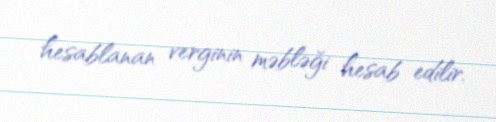
hesablanan verginin məbləği hesab edilir.